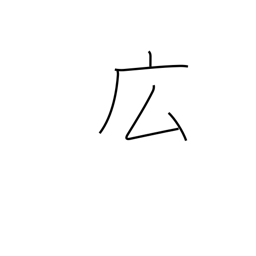
Meaning: spacious